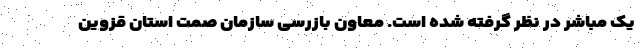
یک مباشر در نظر گرفته شده است. معاون بازرسی سازمان صمت استان قزوین